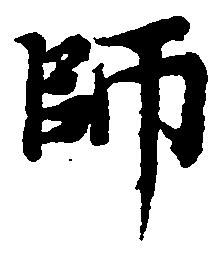
師